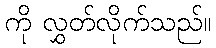
ကို လွှတ်လိုက်သည်။